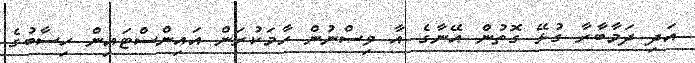
އަދި ދަމާބާރާ ގުޅޭ ގޮތުން އޭނާގެ އާ ވިސްނުން ހާމަކުރަން އައިންސްޓައިން ހިސާބުގެ